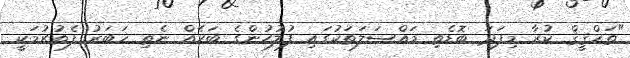
"ތަޙްޤީޤް ކުރާ މިފަދަ ބޮޑެތި މައްސަލަތަކުގައި ފުލުހުންގެ ބަހެއް ނެތި ޚަބަރު ފެތުރުމަކީ